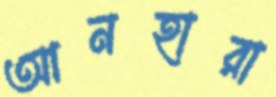
আনহারা